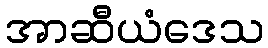
အာဆီယံဒေသ